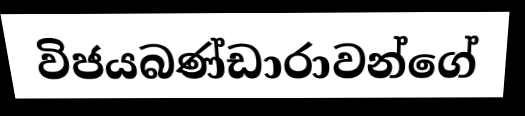
විජයබණ්ඩාරාවන්ගේ